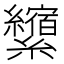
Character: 𰫺